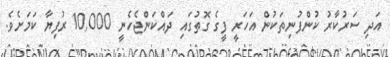
އަދި ސަރުކާރު ކުންފުނިތަކުން އަހަރީ ފީގެ ގޮތުގައި ދައްކަންޖެހެނީ 10